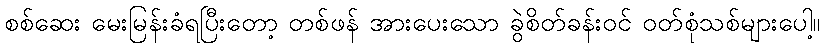
စစ်ဆေး မေးမြန်းခံရပြီးတော့ တစ်ဖန် အားပေးသော ခွဲစိတ်ခန်းဝင် ဝတ်စုံသစ်များပေါ့။